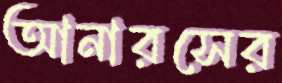
আনারসের